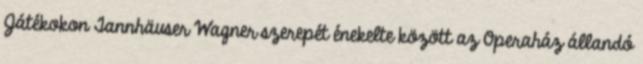
Játékokon Tannhäuser Wagner szerepét énekelte között az Operaház állandó